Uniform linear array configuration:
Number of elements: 24
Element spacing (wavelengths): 0.75
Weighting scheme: binomial
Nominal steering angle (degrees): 30
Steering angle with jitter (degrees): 28.58
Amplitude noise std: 0.05
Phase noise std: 0.05

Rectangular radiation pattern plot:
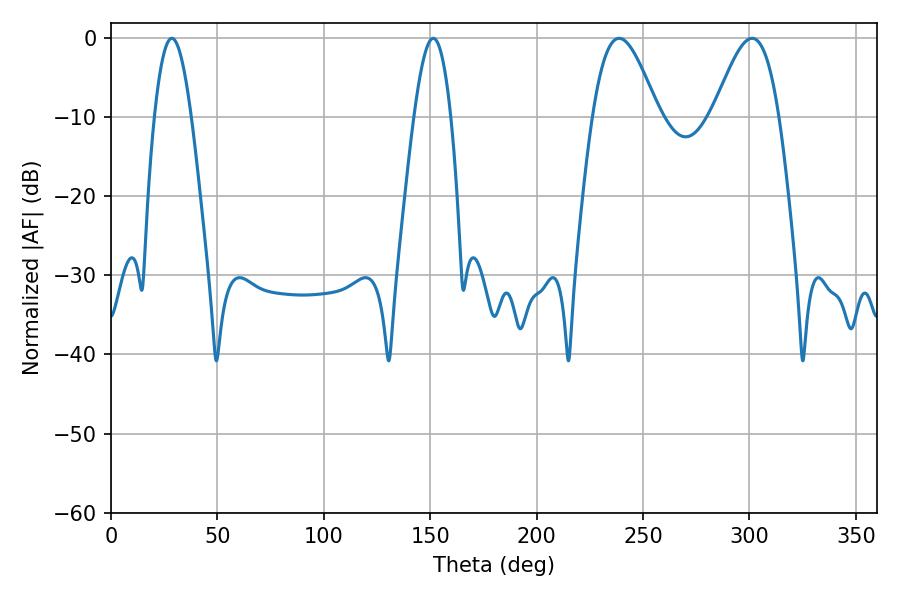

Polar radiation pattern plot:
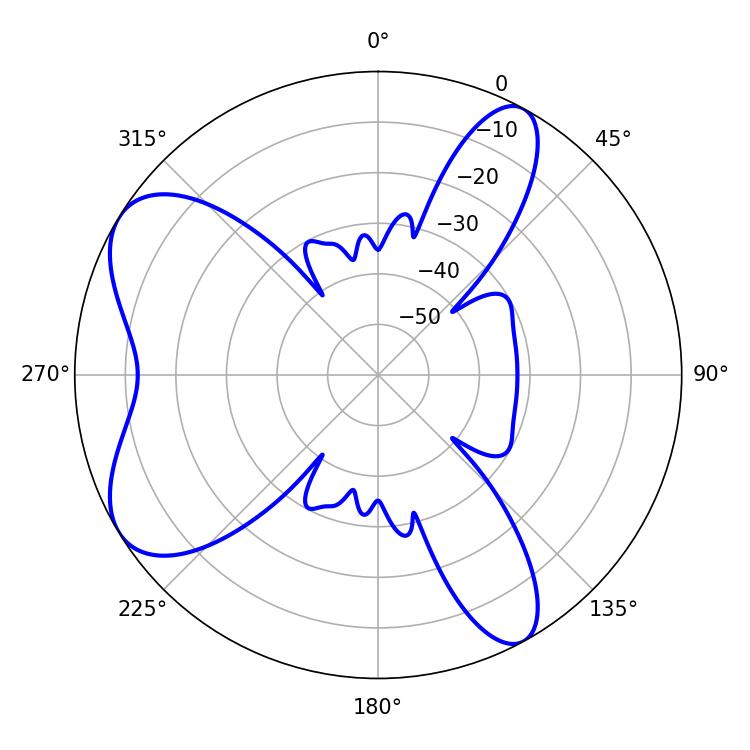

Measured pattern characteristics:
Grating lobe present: TRUE
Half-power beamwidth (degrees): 9.54
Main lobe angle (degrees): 28.62